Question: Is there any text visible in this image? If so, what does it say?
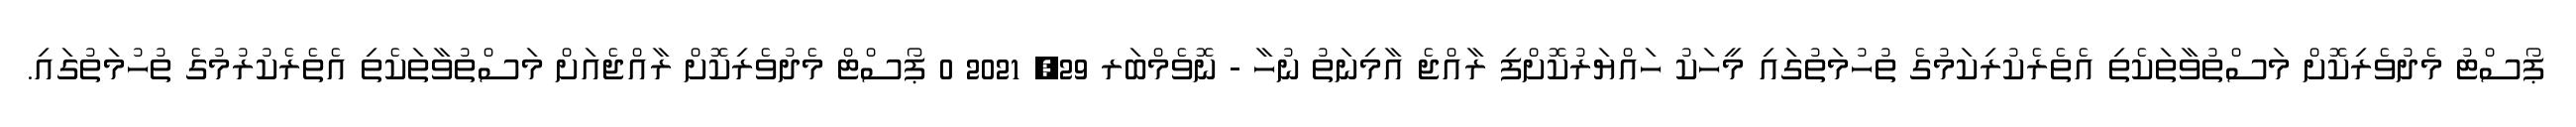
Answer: ޕޯސްޓު މެދުވެރިކޮށް މަސްތުވާތަކެތި އެތެރެކުރިކަމުގެ ތުހުމަތުގައި މީހަކު ހައްޔަރުކޮށްފި ރާއްޖެ އާމިނަތު ނުހާ - ނޮވެމްބަރ 29, 2021 0 ޕޯސްޓް މެދުވެރިކޮށް ރާއްޖެއަށް މަސްތުވާތަކެތި އެތެރެކުރުމުގެ ތުހުމަތުގައި.